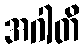
အဂါတိ